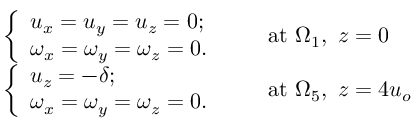
\begin{array} { r l } & { \left\{ \begin{array} { l l } { u _ { x } = u _ { y } = u _ { z } = 0 ; } \\ { \omega _ { x } = \omega _ { y } = \omega _ { z } = 0 . } \end{array} \right. \qquad \mathrm { a t } ~ \Omega _ { 1 } , \mathrm { ~ } z = 0 } \\ & { \left\{ \begin{array} { l l } { u _ { z } = - \delta ; } \\ { \omega _ { x } = \omega _ { y } = \omega _ { z } = 0 . } \end{array} \right. \qquad \mathrm { a t } ~ \Omega _ { 5 } , \mathrm { ~ } z = 4 u _ { o } } \end{array}